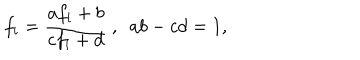
LaTeX: f _ { i } = \frac { a f _ { i } + b } { c f _ { i } + d } ~ , ~ ~ a b - c d = 1 ,